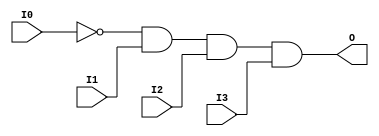
// $Header: /devl/xcs/repo/env/Databases/CAEInterfaces/verunilibs/s/AND4B1.v,v 1.8.22.1 2003/11/18 20:41:33 wloo Exp $

/*

FUNCTION	: 4-INPUT AND GATE

*/

`timescale  100 ps / 10 ps


module AND4B1 (O, I0, I1, I2, I3);

    output O;

    input  I0, I1, I2, I3;

    not N0 (i0_inv, I0);
    and A1 (O, i0_inv, I1, I2, I3);

    specify
	(I0 *> O) = (0, 0);
	(I1 *> O) = (0, 0);
	(I2 *> O) = (0, 0);
	(I3 *> O) = (0, 0);
    endspecify

endmodule